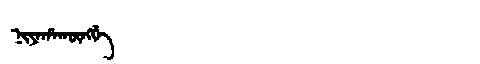
Manchu: ᠨᡳᠶᠠᡥᠠᡴᡡᠩᡤᡝ
Romanization: NIYAHAKŪNGGE